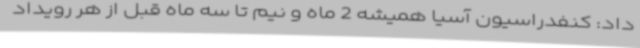
داد: کنفدراسیون آسیا همیشه 2 ماه و نیم تا سه ماه قبل از هر رویداد